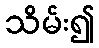
သိမ်း၍